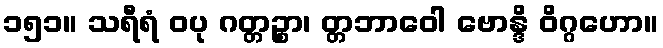
၁၅၁။ သရီရံ ဝပု ဂတ္တဉ္စာ၊ တ္တဘာဝေါ ဗောန္ဒိ ဝိဂ္ဂဟော။